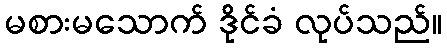
မစားမသောက် ဒိုင်ခံ လုပ်သည်။